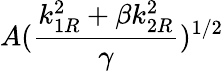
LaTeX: \displaystyle{A(\frac{k_{1R}^{2}+\beta k_{2R}^{2}}{\gamma})^{1/2}}